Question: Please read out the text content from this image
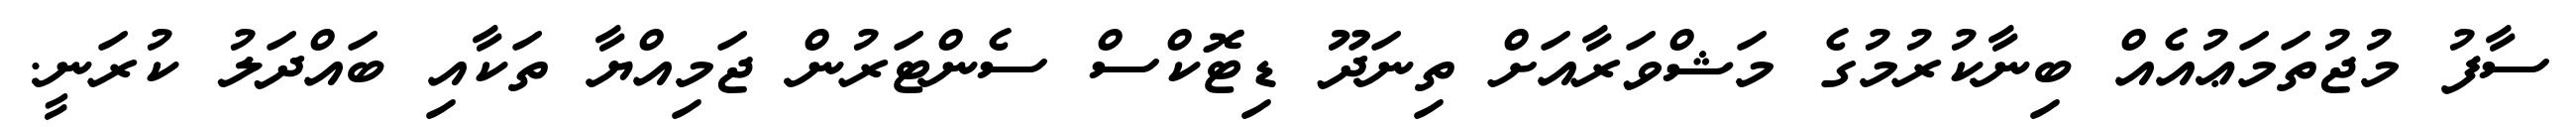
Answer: ސާފު މުޖުތަމަޢުއެއް ބިނާކުރުމުގެ މަޝްވަރާއަށް ތިނަދޫ ޑިޓޮކްސް ސެންޓަރުން ޖަމިއްޔާ ތަކާއި ބައްދަލު ކުރަނީ.